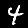
Digit: 4